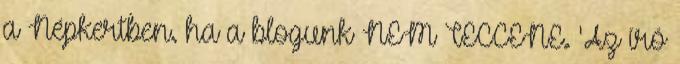
a Népkertben. ha a blogunk NEM TECCENE. 'Az író